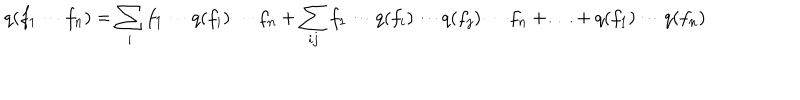
q ( f _ { 1 } \cdots f _ { n } ) = \sum _ { i } f _ { 1 } \cdots q ( f _ { i } ) \cdots f _ { n } + \sum _ { i j } f _ { 1 } \cdots q ( f _ { i } ) \cdots q ( f _ { j } ) \cdots f _ { n } + \ldots + q ( f _ { 1 } ) \cdots q ( f _ { n } )